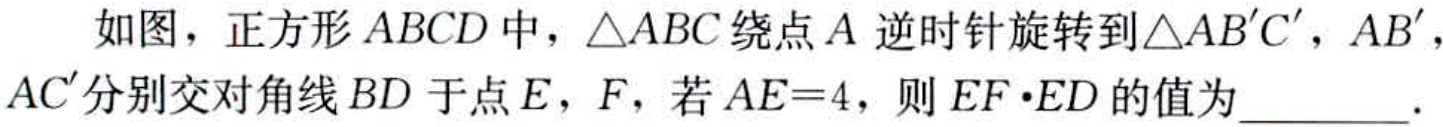
如图，正方形\(ABCD\)中，\(\triangle ABC\)绕点\(A\)逆时针旋转到\(\triangle AB'C'\)，\(AB'\)，\(AC'\)分别交对角线\(BD\)于点\(E\)，\(F\)，若\(AE = 4\)，则\(EF\cdot ED\)的值为  ．